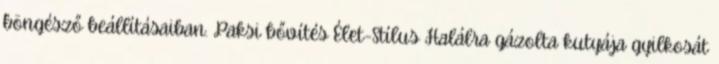
böngésző beállításaiban. Paksi bővítés Élet-Stílus Halálra gázolta kutyája gyilkosát